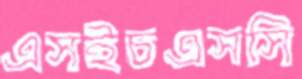
এসইচএসসি